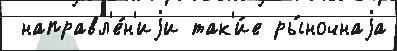
 направл'е́н'иjи так'и́е ры́ночнаjа